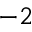
^ { - 2 }